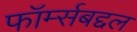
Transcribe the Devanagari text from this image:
फॉर्म्सबद्दल